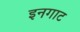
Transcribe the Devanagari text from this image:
इनगाट